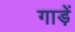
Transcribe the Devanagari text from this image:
गाड़ें